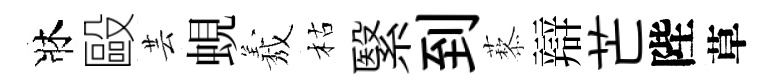
牀毆芸蜆𦏁枯繄到藜辯芒陛草